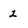
Character: 2